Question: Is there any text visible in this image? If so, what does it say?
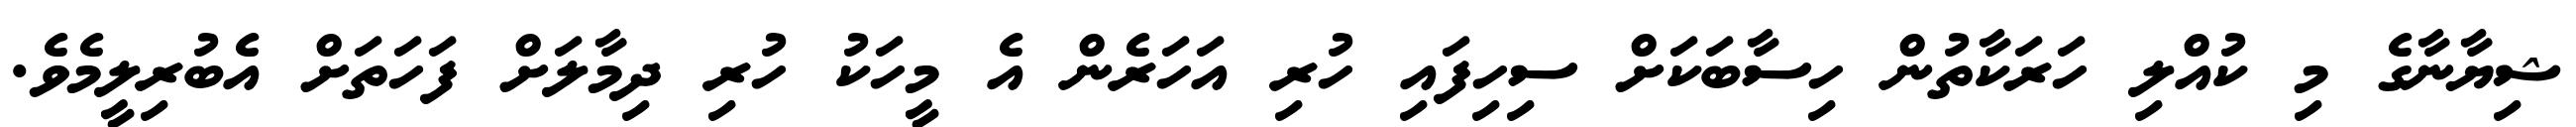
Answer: ޝިޔާނާގެ މި ކުއްލި ހަރަކާތުން ހިސާބަކަށް ސިހިފައި ހުރި އަހަރެން އެ މީހަކު ހުރި ދިމާލަށް ފަހަތަށް އެބުރިލީމެވެ.